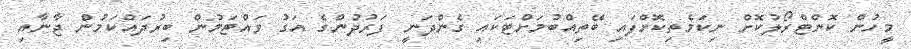
މީހުން ކޮންޓްރޯލުކޮށް ނިކަމެތިކޮށްފައި ބޭތިއްބުމަށްޓަކައި ގެންދަނީ ފަރުދުންގެ އަގު ވައްޓަމުން ބިރުދައްކަމުން ޖާނާއި